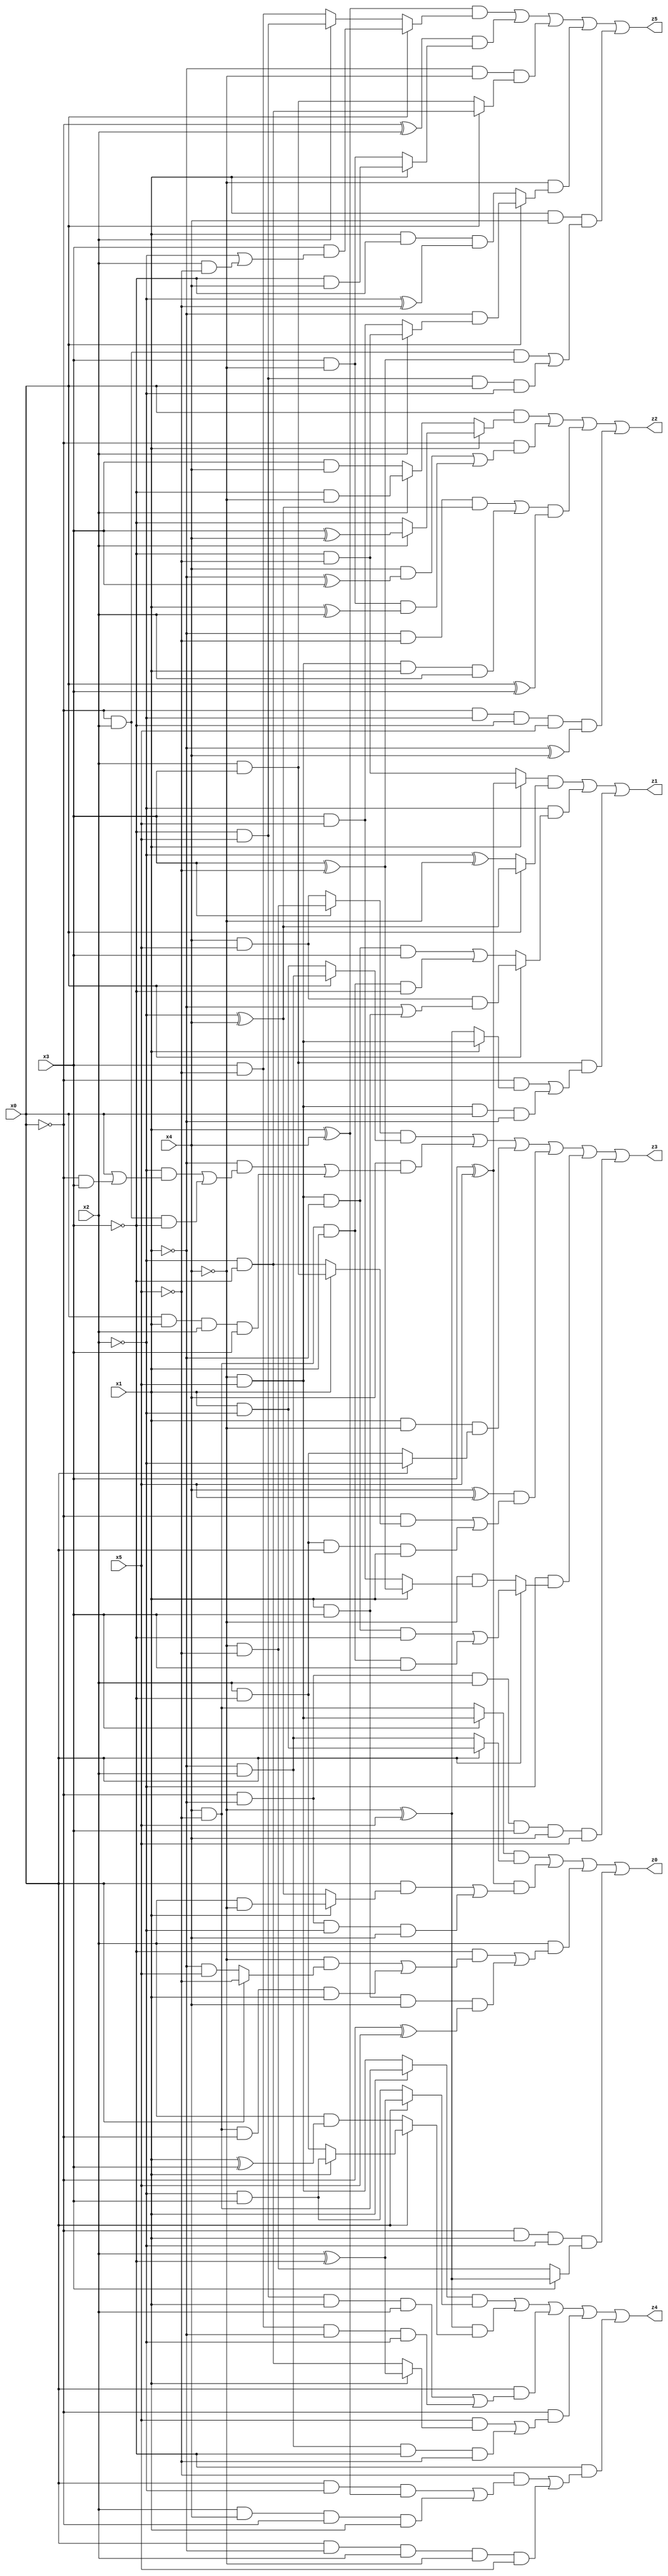
// Benchmark "X_76" written by ABC on Thu Jun 29 03:22:41 2023

module X_76 ( 
    x0, x1, x2, x3, x4, x5,
    z0, z1, z2, z3, z4, z5  );
  input  x0, x1, x2, x3, x4, x5;
  output z0, z1, z2, z3, z4, z5;
  assign z0 = ((x3 ? (~x4 & x5) : (x4 & ~x5)) & (x0 ? (x1 & ~x2) : (~x1 & x2))) | ((x3 ^ x5) & ((x0 & (x1 ? (x2 & ~x4) : (~x2 ^ x4))) | (~x0 & ~x1 & ~x2 & x4))) | (x2 & ((~x3 & ((~x4 & (x0 ? ~x5 : (~x1 & x5))) | (x4 & ~x5 & ~x0 & x1))) | (x1 & x3 & x4 & (~x0 ^ x5)))) | (~x0 & x1 & ~x2 & (x3 ? (~x4 ^ x5) : (~x4 & ~x5)));
  assign z1 = ((x1 ? (x3 ^ x5) : (~x3 & ~x5)) & (x0 ? (~x2 ^ x4) : (~x2 ^ ~x4))) | (~x2 & (x0 ? (x4 & x5 & (~x1 | (x1 & x3))) : ((~x4 & x5 & ~x1 & x3) | (x4 & ~x5 & x1 & ~x3)))) | (x2 & x3 & ((~x0 & (x1 ? (~x4 & x5) : (~x4 ^ x5))) | (~x4 & x5 & x0 & ~x1)));
  assign z2 = (x0 & (x1 ? (x2 ? (x3 ^ x4) : ~x3) : (x2 ? (~x3 & ~x4) : (x3 & x4)))) | (~x0 & ((x4 & (~x1 ^ x3)) | (x3 & ~x4 & (x1 ^ x2)))) | (((~x1 & ~x5 & (~x2 ^ x4)) | (~x4 & x5 & x1 & x2)) & (x0 ^ x3)) | (~x0 & ~x2 & ~x3 & x5 & (~x1 ^ x4));
  assign z3 = ((x3 ? (~x4 & ~x5) : (x4 & x5)) & (x0 ? (~x1 & x2) : (x1 & ~x2))) | (x4 & ((~x1 & ((~x2 & (x0 | (~x0 & x3))) | (~x0 & x2 & ~x3))) | (x0 & x1 & x2 & x3))) | (x1 & ~x4 & (x0 ? ~x2 : (x2 & ~x3))) | ((x4 ^ x5) & ((~x0 & (x1 ? (x2 & x3) : (~x2 & ~x3))) | (x2 & ~x3 & x0 & x1))) | (~x2 & (x0 ? ((~x4 & x5 & ~x1 & ~x3) | (x4 & ~x5 & x1 & x3)) : (~x4 & (x1 ? (x3 ^ ~x5) : (x3 & x5))))) | (~x0 & ~x1 & x2 & x3 & x4 & x5);
  assign z4 = ((x1 ? (x4 & ~x5) : (~x4 & x5)) & (x0 ? (x2 ^ ~x3) : (~x2 & x3))) | ((~x4 ^ x5) & (x0 ? (x1 ? (~x2 & x3) : (x2 & ~x3)) : (x2 & (x1 ^ x3)))) | (x0 & ((~x3 & x5 & x1 & x2) | (x3 & ~x5 & ~x1 & ~x2))) | (~x0 & ((x5 & (x1 ? (x2 ^ ~x3) : (~x2 & ~x3))) | (~x1 & x2 & ~x3 & ~x5))) | (~x3 & ((~x5 & ((x0 & ~x2 & (x1 ^ x4)) | (x2 & x4 & ~x0 & x1))) | (x0 & ~x1 & x2 & ~x4 & x5)));
  assign z5 = ((x1 ^ x4) & (x0 ? (x3 & (~x2 | (x2 & ~x5))) : (x2 ? (~x3 & x5) : (x3 & ~x5)))) | ((~x0 ^ x2) & (x1 ? (~x3 & x4) : (x3 & ~x4))) | (~x1 & ~x4 & (x0 ? (~x2 & ~x3) : (x2 & x3))) | (~x4 & (x0 ? (~x1 & (x2 ? (~x3 & ~x5) : (x3 & x5))) : (x1 & ~x3 & (~x2 ^ ~x5)))) | (x1 & x4 & ((~x0 & x2 & (x3 ^ ~x5)) | (~x3 & x5 & x0 & ~x2)));
endmodule